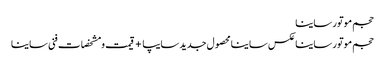
حجم موتور ساینا
حجم موتور ساینا	عکس ساینا محصول جدید سایپا +قیمت و مشخصات فنی ساینا